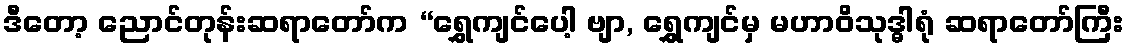
ဒီတော့ ညောင်တုန်းဆရာတော်က “ရွှေကျင်ပေါ့ ဗျာ, ရွှေကျင်မှ မဟာဝိသုဒ္ဓါရုံ ဆရာတော်ကြီး